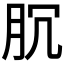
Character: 𰮐